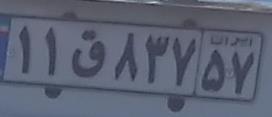
۱۱ق۸۳۷۵۷